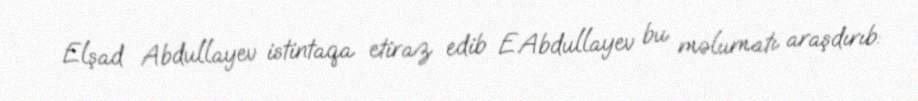
Elşad Abdullayev istintaqa etiraz edib E.Abdullayev bu məlumatı araşdırıb: